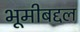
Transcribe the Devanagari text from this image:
भूमीबद्दल